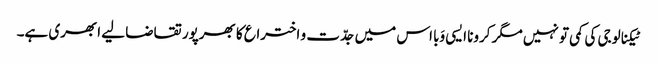
ٹیکنالوجی کی کمی تو نہیں مگر کرونا ایسی وَبا اس میں جدّت و اختراع کا بھرپور تقاضا لیے ابھری ہے۔